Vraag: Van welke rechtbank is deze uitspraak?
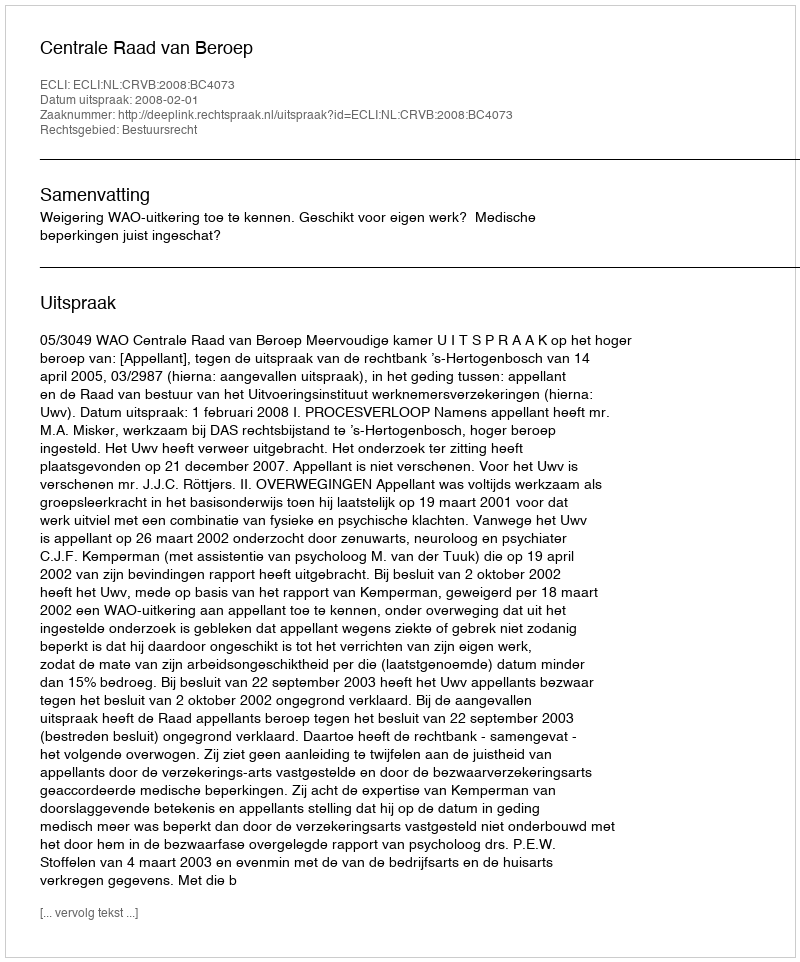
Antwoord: Centrale Raad van Beroep